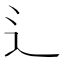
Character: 辶